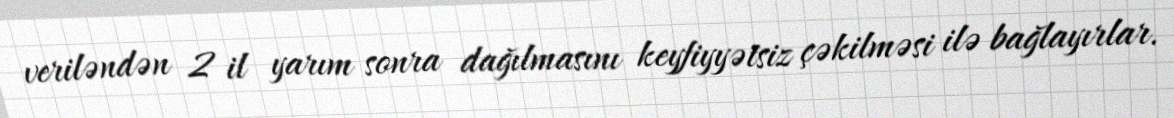
veriləndən 2 il yarım sonra dağılmasını keyfiyyətsiz çəkilməsi ilə bağlayırlar.